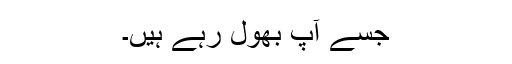
جسے آپ بھول رہے ہیں۔